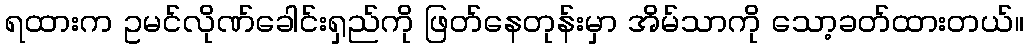
ရထားက ဥမင်လိုဏ်ခေါင်းရှည်ကို ဖြတ်နေတုန်းမှာ အိမ်သာကို သော့ခတ်ထားတယ်။